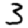
Digit: 3